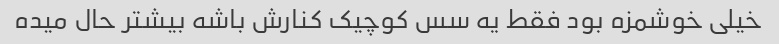
خیلی خوشمزه بود فقط یه سس کوچیک کنارش باشه بیشتر حال میده